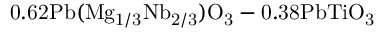
\mathrm { 0 . 6 2 P b ( M g _ { 1 / 3 } N b _ { 2 / 3 } ) O _ { 3 } - 0 . 3 8 P b T i O _ { 3 } }